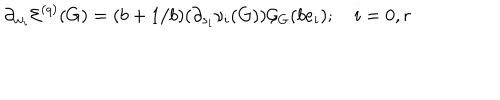
LaTeX: \partial _ { w _ { i } } \mathcal { E } ^ { ( q ) } ( G ) = ( b + 1 / b ) ( \partial _ { s _ { i } } \nu _ { i } ( G ) ) \mathcal { G } _ { G } ( b e _ { i } ) ; \quad i = 0 , r